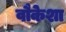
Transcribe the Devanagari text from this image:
वौकेशा